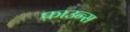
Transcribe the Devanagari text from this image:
फ़ाउन्स